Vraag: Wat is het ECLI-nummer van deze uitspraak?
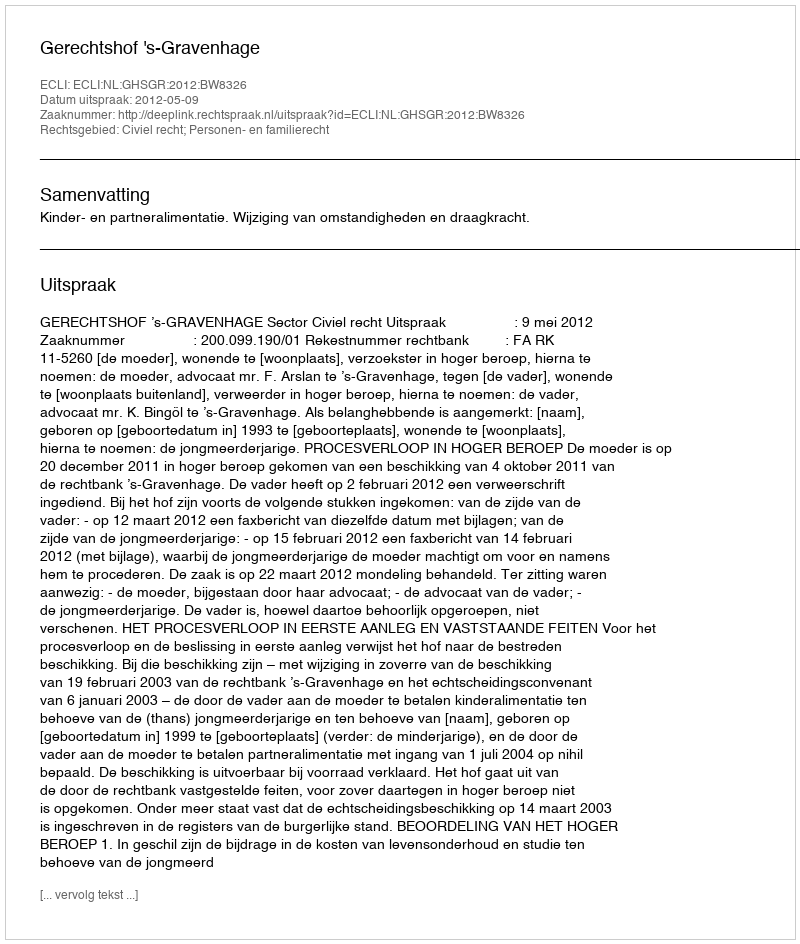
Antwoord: ECLI:NL:GHSGR:2012:BW8326